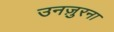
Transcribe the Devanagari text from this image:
उनज़ुरना